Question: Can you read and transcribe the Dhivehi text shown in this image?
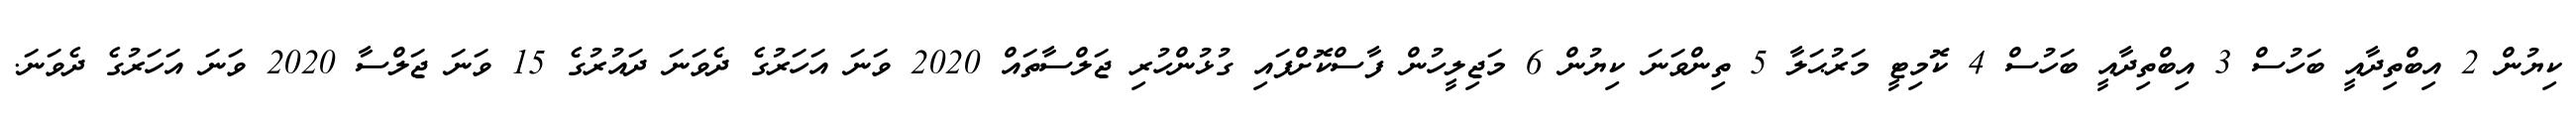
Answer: ކިޔުން 2 އިބްތިދާއީ ބަހުސް 3 އިބްތިދާއީ ބަހުސް 4 ކޮމިޓީ މަރުޙަލާ 5 ތިންވަނަ ކިޔުން 6 މަޖިލީހުން ފާސްކޮށްފައި ގުޅުންހުރި ޖަލްސާތައް 2020 ވަނަ އަހަރުގެ ދެވަނަ ދައުރުގެ 15 ވަނަ ޖަލްސާ 2020 ވަނަ އަހަރުގެ ދެވަނަ.